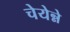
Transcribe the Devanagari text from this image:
चेयेन्ने